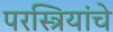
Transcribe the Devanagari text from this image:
परस्त्रियांचे